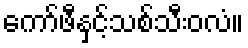
ကော်ဖီနှင့်သစ်သီးဝလံ။